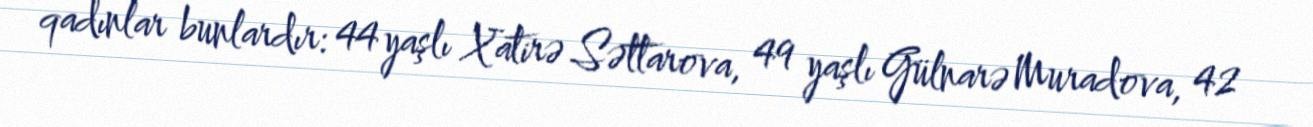
qadınlar bunlardır: 44 yaşlı Xatirə Səttarova, 49 yaşlı Gülnarə Muradova, 42